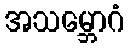
အသမ္ဘောဂံ